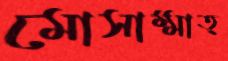
মোসাম্মাত্